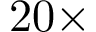
2 0 \times